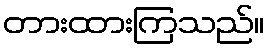
တားထားကြသည်။